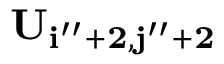
\bf { U } _ { i ^ { \prime \prime } + 2 , j ^ { \prime \prime } + 2 }